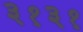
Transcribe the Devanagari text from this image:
३१३१